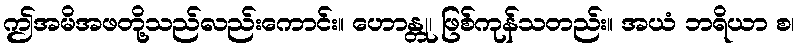
ဤအမိအဖတို့သည်လည်းကောင်း။ ဟောန္တု၊ ဖြစ်ကုန်သတည်း။ အယံ ဘရိယာ စ၊